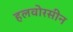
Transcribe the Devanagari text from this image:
हलवोरसीन